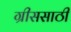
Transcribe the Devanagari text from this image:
ग्रीससाठी